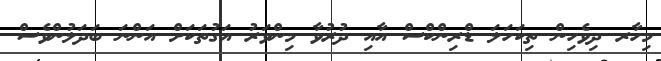
މިހާރ ދިވެހިން ތިކަހަލަ ޑްރިންކްސް އާއި ދުރުވާ މިންވަރު އަގުތަކަށް އަންނަ ބަދަލުންވެސް